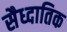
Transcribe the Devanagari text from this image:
सैध्दातिक